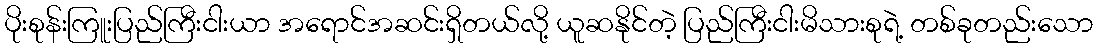
ပိုးစုန်းကြူးပြည်ကြီးငါးယာ အရောင်အဆင်းရှိတယ်လို့ ယူဆနိုင်တဲ့ ပြည်ကြီးငါးမိသားစုရဲ့ တစ်ခုတည်းသော